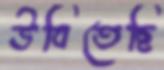
উবিতেছি